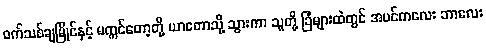
ဝက်သစ်ချမြိုင်နှင့် မက္ကင်တော့တို့ ယာတောသို့ သွားကာ သူတို့ ခြံများထဲတွင် အပင်ကလေး ဘာလေး